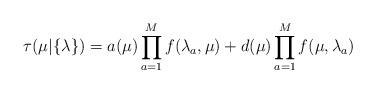
LaTeX: \begin{align*}\tau(\mu|\{\lambda\}) = a(\mu) \prod_{a=1}^M f(\lambda_a,\mu) + d(\mu) \prod_{a=1}^M f(\mu,\lambda_a)\end{align*}